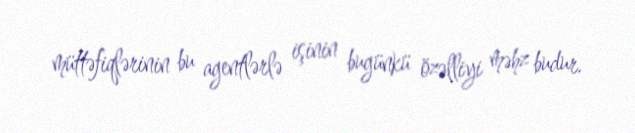
müttəfiqlərinin bu agentlərlə işinin bugünkü özəlliyi məhz budur.